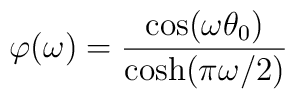
\varphi(\omega)=\frac{\cos(\omega\theta_{0})}{\cosh(\pi\omega/2)}